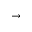
\rightarrow